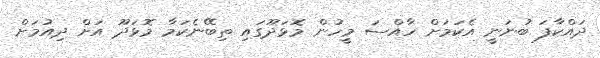
ދައްކާފަ ބުނަނީ އެކަމަށް ހާއްސަ މީހުން މޮޅަދޫގައި ތިބޭނެކަމާ މޮޅަދޫ އަށް ދިއުމަށް